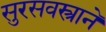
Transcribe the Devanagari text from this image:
सुरसवस्त्रानें